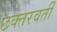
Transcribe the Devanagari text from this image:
छक्तरवर्ती